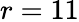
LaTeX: r=11